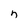
Character: n